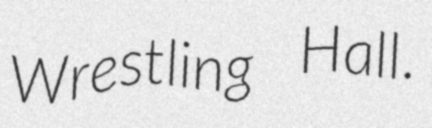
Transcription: Wrestling Hall.